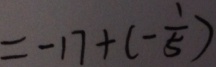
= - 1 7 + ( - \frac { 1 } { 5 } )